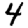
Digit: 4